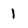
Character: 1